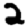
Digit: 2